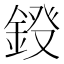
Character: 𮢀